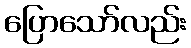
ပြောသော်လည်း